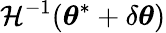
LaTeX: \mathcal{H}^{-1}({\boldsymbol{\theta}}^{*}+\delta{\boldsymbol{\theta}})